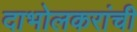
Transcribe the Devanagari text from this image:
दाभोलकरांची